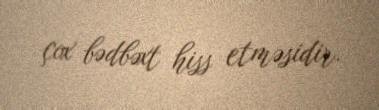
çox bədbəxt hiss etməsidir.